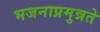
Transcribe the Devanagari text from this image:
भजनाप्रमुन्नते